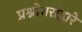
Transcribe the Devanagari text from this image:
प्रश्नोत्तरांद्वारे